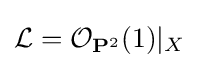
{\mathcal {L}}={\mathcal {O}}_{\mathbf {P} ^{2}}(1)|_{X}